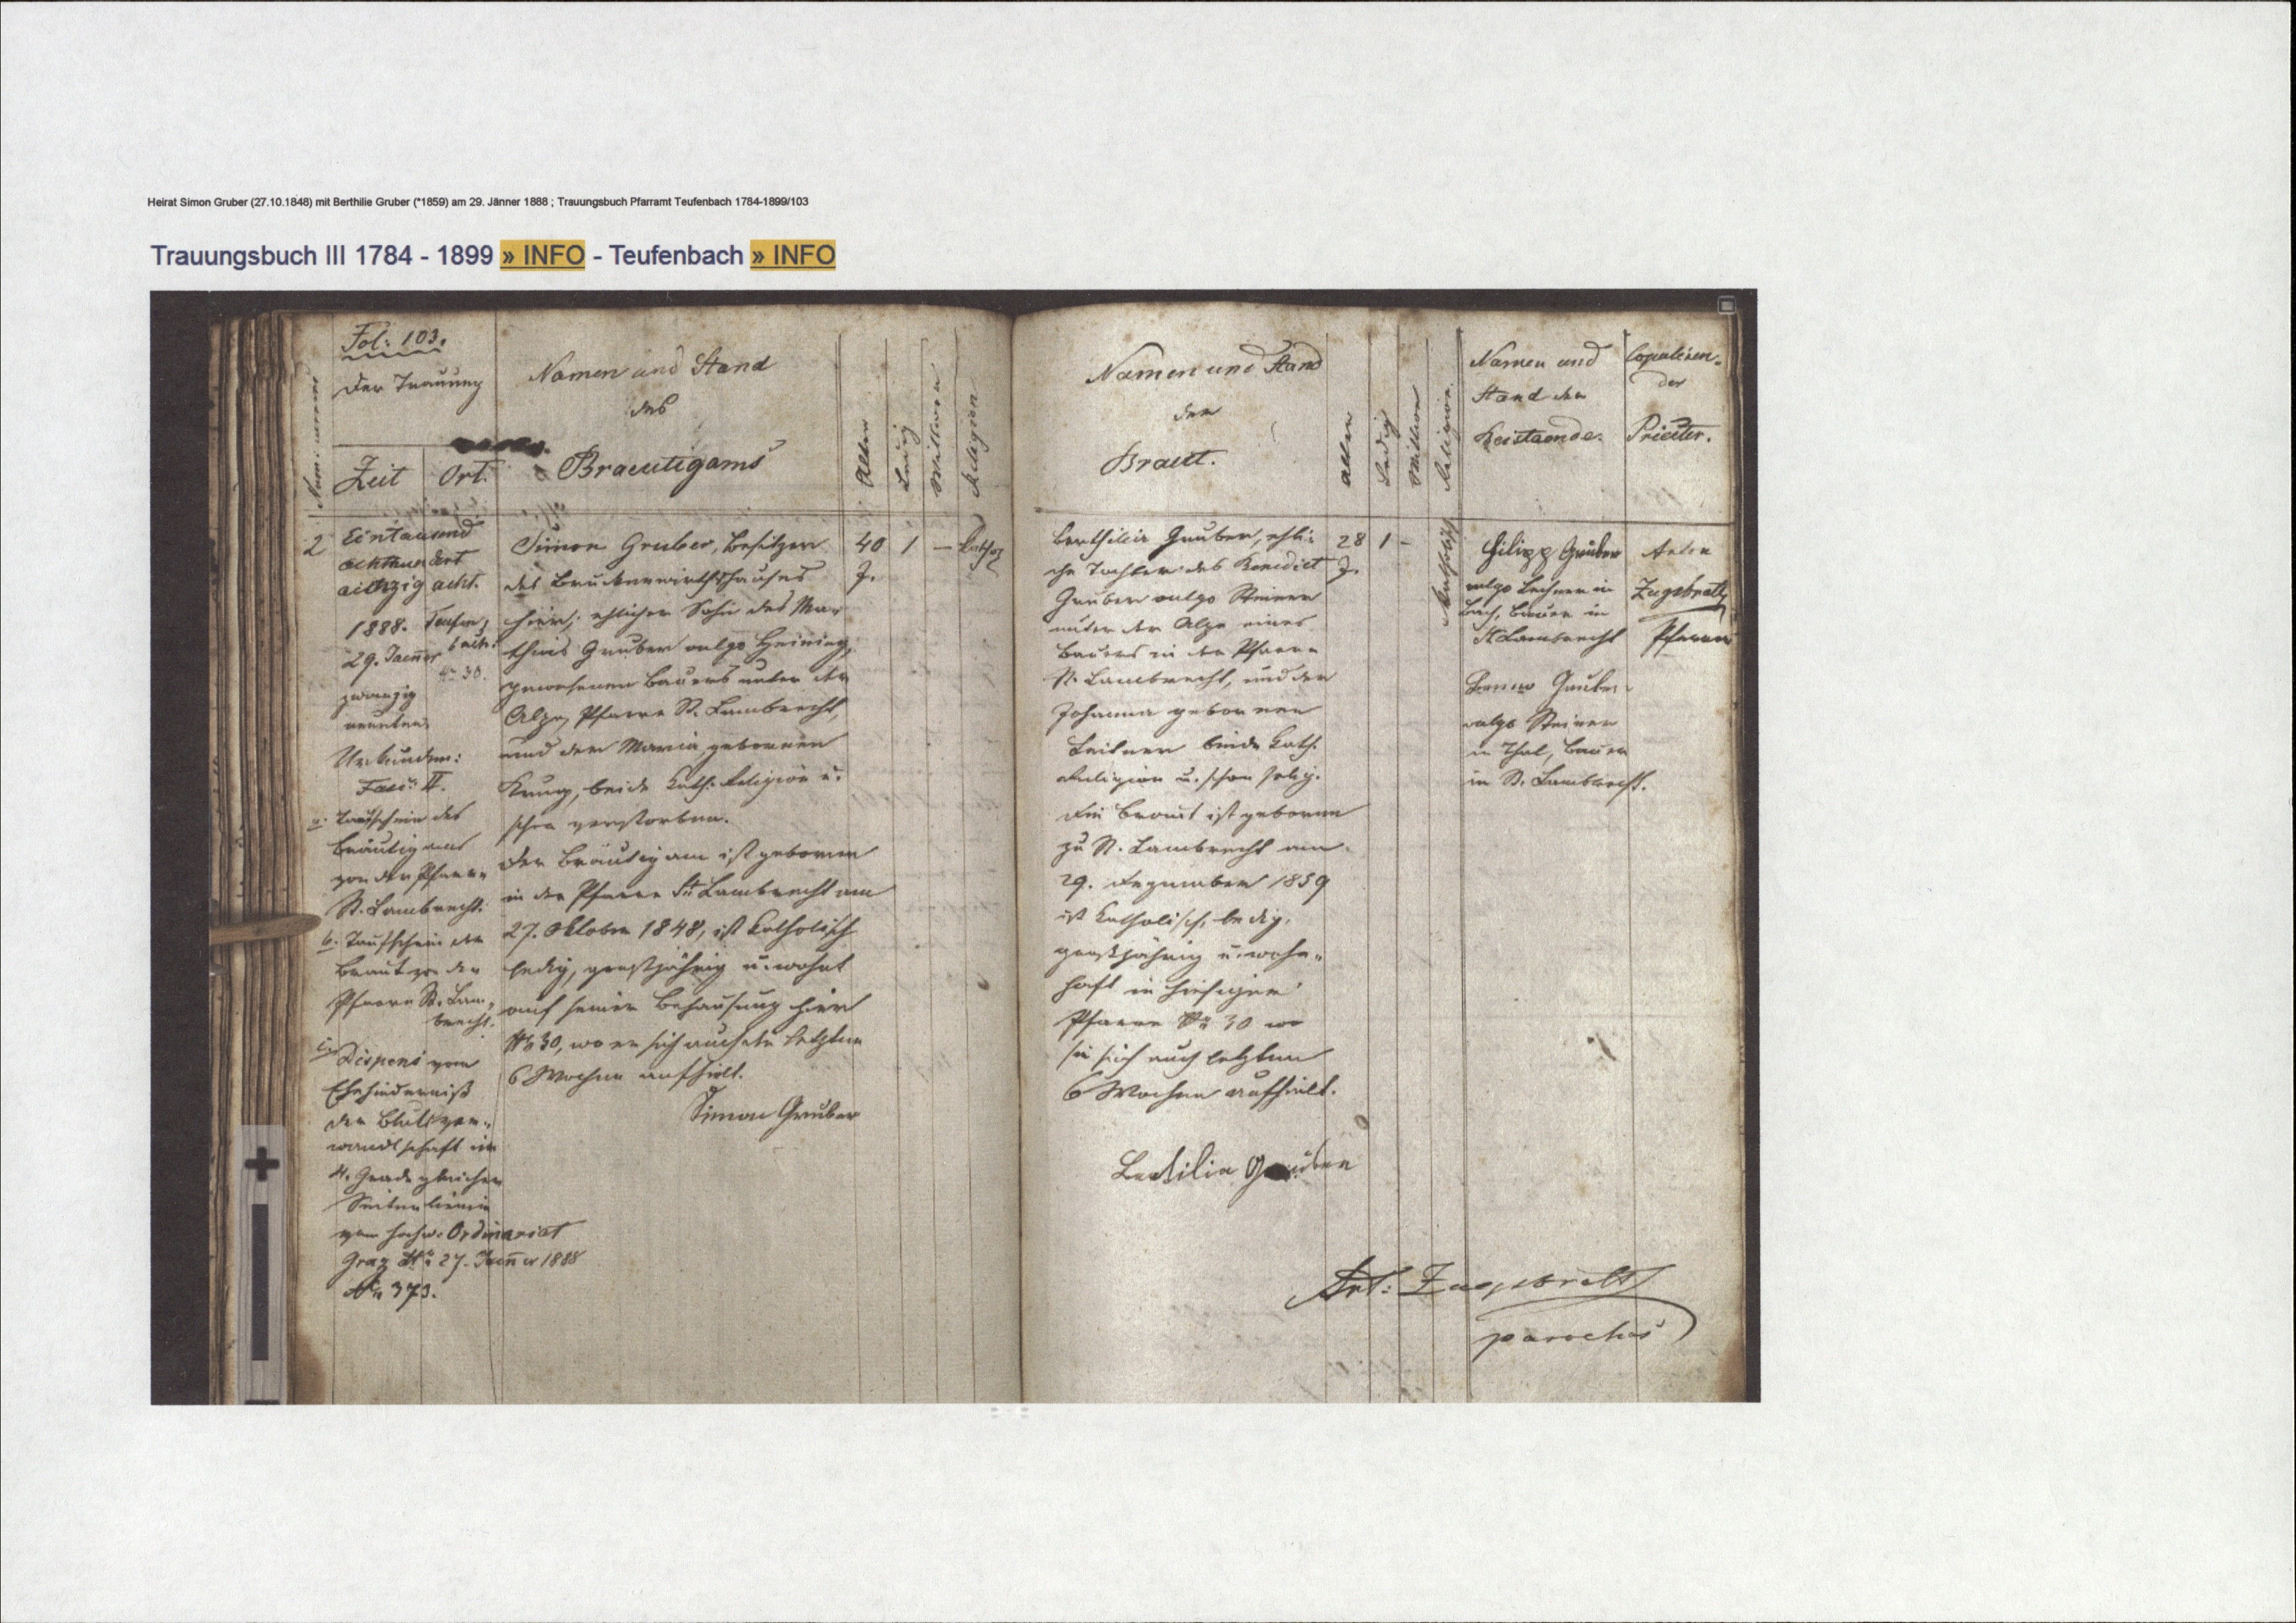
Fol: 103.
Der Trauung
Zeit Ort.
Eintausend
achthundert
achtzig acht.
1888. Teufen¬
bach.
29. Jaenner
№ 30.
zwanzig
neunten
Urkunden:
Fasc: II.
a. Taufschein des
Bräutigams
von der Pfarre
St. Lambrecht.
b. Taufschein der
Braut von der
Pfarre St. Lam¬
brecht.
Dispens vom
Ehehinderniß
der Blutsver¬
wandtschaft im
4. Grade gleichen
Seitenlinien
vom hochw. Ordinariat
Graz dto. 27. Jaenner 1888
No. 373.

Religion
Wittwe
Ledig
Alter
28 / —
katholisch

Namen und Stand
des
Braeutigams
Simon Gruber, Besitzer
des Bruckenwirthshauses
hier; ehlicher Sohn des Ma¬
thias Gruber vulgo Heiming,
gewesenen Bauers unter der
Alpe, Pfarre St. Lambrecht,
und der Maria, gebornen
Krug, beide kath: Religion u.
schon verstorben.
Der Bräutigam ist geboren
in der Pfarre St Lambrecht am
27. Oktober 1848, ist katholisch
ledig, großjährig u. wohnt
auf seiner Behausung hier
№ 30, wo er sich auch die letzten
6 Wochen aufhielt.
Simon Gruber

Wittwer
Religion
Alter
Ledig
40 / — kathol

Namen und
Stand der
Beistaende.
Filipp Gruber
vulgo Lechner in
Bach, Bauer in
St Lambrecht
Benno Gruber
vulgo Steirer
in Thal, Bauer
in St. Lambrecht.

Namen und Stand
der
Braut.
Barthilia Gruber, ehli¬
che Tochter des Benedict
Gruber vulgo Steirer
unter der Alpe eines
Bauers in der Pfarre
St. Lambrecht, und der
Johanna gebornen
Leitner beide kath.
Religion u. schon selig.
Die Braut ist geboren
zu St. Lambrecht am
29. Dezember 1859
ist katholisch, ledig,
großjährig u. wohn¬
haft in hiesiger
Pfarre № 30 wo
sie sich auch letzten
6 Wochen aufhielt.
Bertilia Gruber

Copuliren¬
der
Priester.
Anton
Zugsbrat
Pfarrer